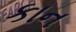
કાન